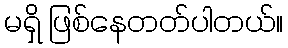
မရှိ ဖြစ်နေတတ်ပါတယ်။